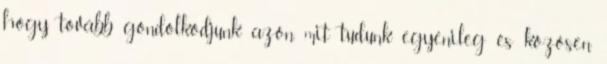
hogy tovább gondolkodjunk azon, mit tudunk egyénileg és közösen